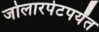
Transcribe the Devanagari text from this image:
जोलारपेटपर्यंत